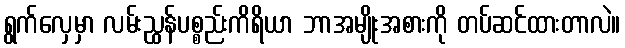
ရွက်လှေမှာ လမ်းညွှန်ပစ္စည်းကိရိယာ ဘာအမျိုးအစားကို တပ်ဆင်ထားတာလဲ။